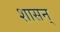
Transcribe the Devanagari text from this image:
शासन्